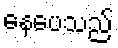
နေပေသည်